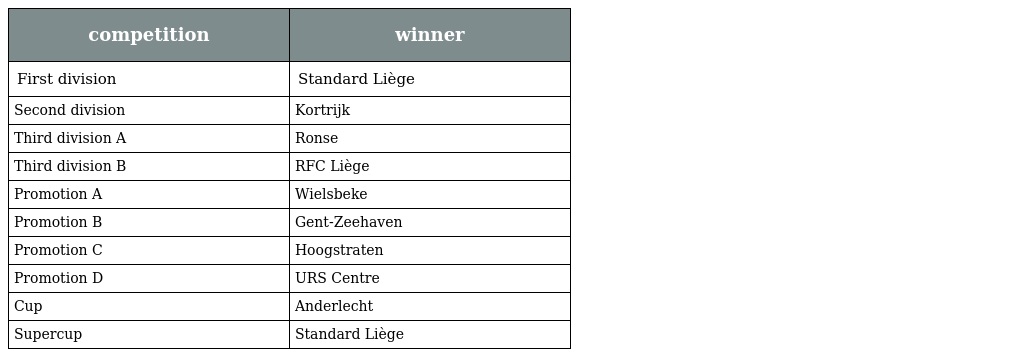
| competition | winner |
 | --- | --- |
 | First division | Standard Liège |
 | Second division | Kortrijk |
 | Third division A | Ronse |
 | Third division B | RFC Liège |
 | Promotion A | Wielsbeke |
 | Promotion B | Gent-Zeehaven |
 | Promotion C | Hoogstraten |
 | Promotion D | URS Centre |
 | Cup | Anderlecht |
 | Supercup | Standard Liège |